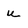
Character: u